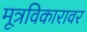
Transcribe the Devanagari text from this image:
मूत्रविकारावर